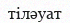
тіләуат